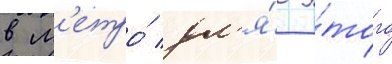
в м'етро́ дл'я́ э́того